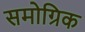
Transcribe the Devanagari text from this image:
समोग्रिक